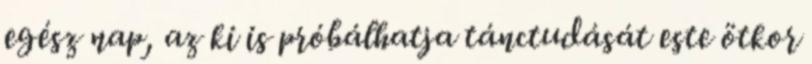
egész nap, az ki is próbálhatja tánctudását este ötkor